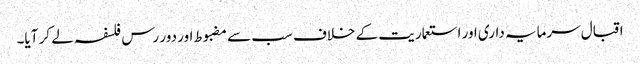
اقبال سرمایہ داری اور استعماریت کے خلاف سب سے مضبوط اور دور رس فلسفہ لے کر آیا۔